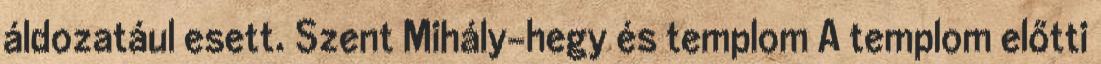
áldozatául esett. Szent Mihály-hegy és templom A templom előtti